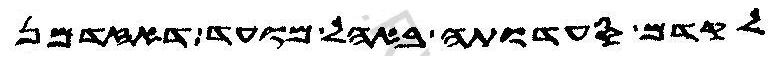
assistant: לקדם סעדותה באהל מועד דאזדמן